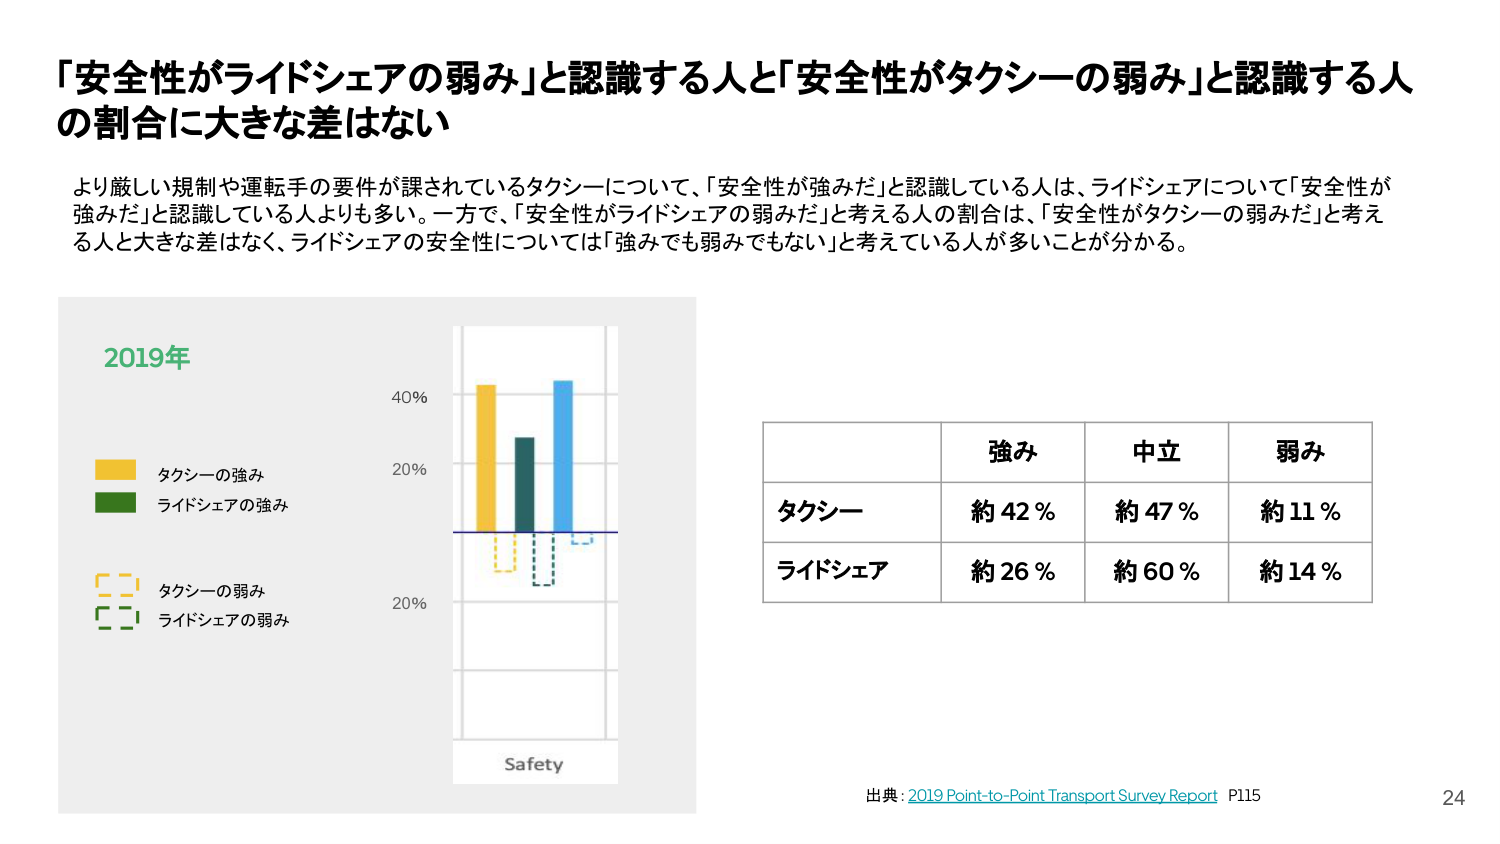
「安全性がライドシェアの弱み」と認識する人と「安全性がタクシーの弱み」と認識する人の割合に大きな差はない

より厳しい規制や運転手の要件が課されているタクシーについて、「安全性が強みだ」と認識している人は、ライドシェアについて「安全性が強みだ」と認識している人よりも多い。一方で、「安全性がライドシェアの弱みだ」と考える人の割合は、「安全性がタクシーの弱みだ」と考える人と大きな差はなく、ライドシェアの安全性については「強みでも弱みでもない」と考えている人が多いことが分かる。

2019年

タクシーの強み
ライドシェアの強み

タクシーの弱み
ライドシェアの弱み

40%
20%
20%

Safety

強み　中立　弱み
タクシー　約42％　約47％　約11％
ライドシェア　約26％　約60％　約14％

出典：2019 Point-to-Point Transport Survey Report P115

24